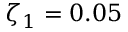
\zeta _ { 1 } = 0 . 0 5